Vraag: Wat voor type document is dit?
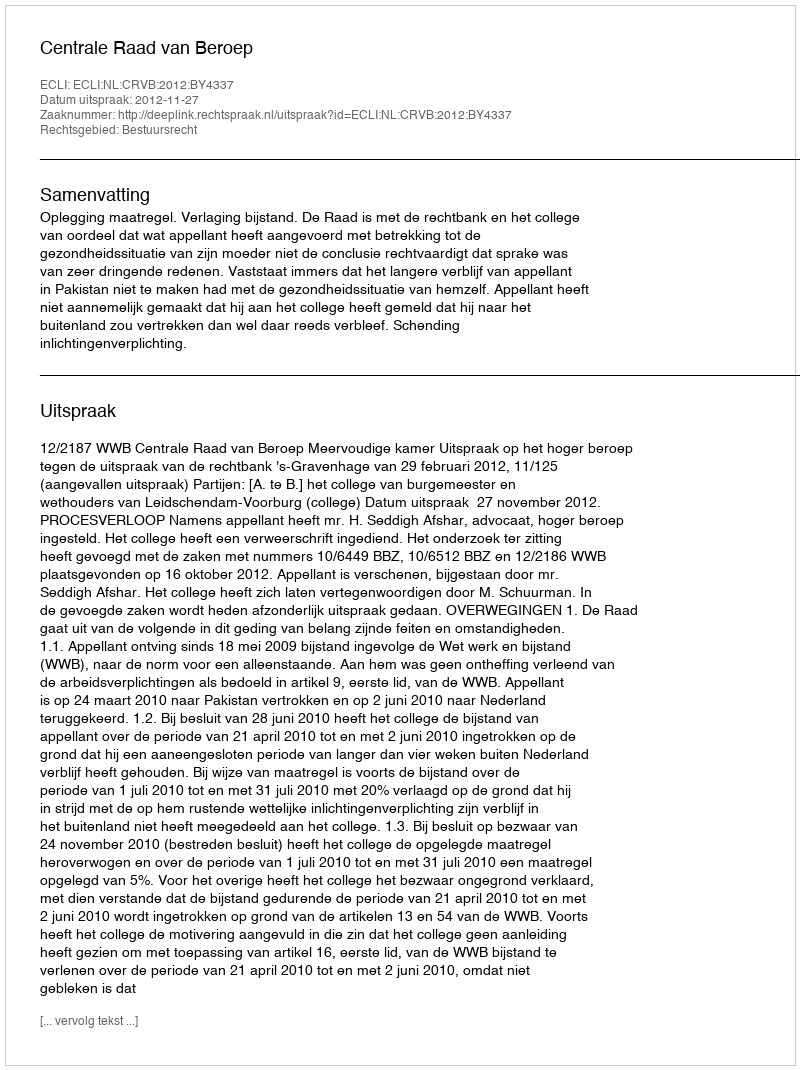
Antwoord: Uitspraak